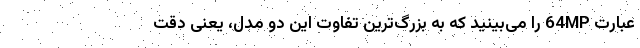
عبارت 64MP را می‌بینید که به بزرگ‌ترین تفاوت این دو مدل، یعنی دقت